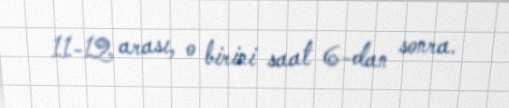
11-12 arası, o birini saat 6-dan sonra.